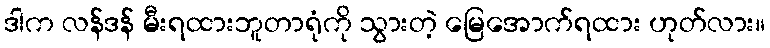
ဒါက လန်ဒန် မီးရထားဘူတာရုံကို သွားတဲ့ မြေအောက်ရထား ဟုတ်လား။